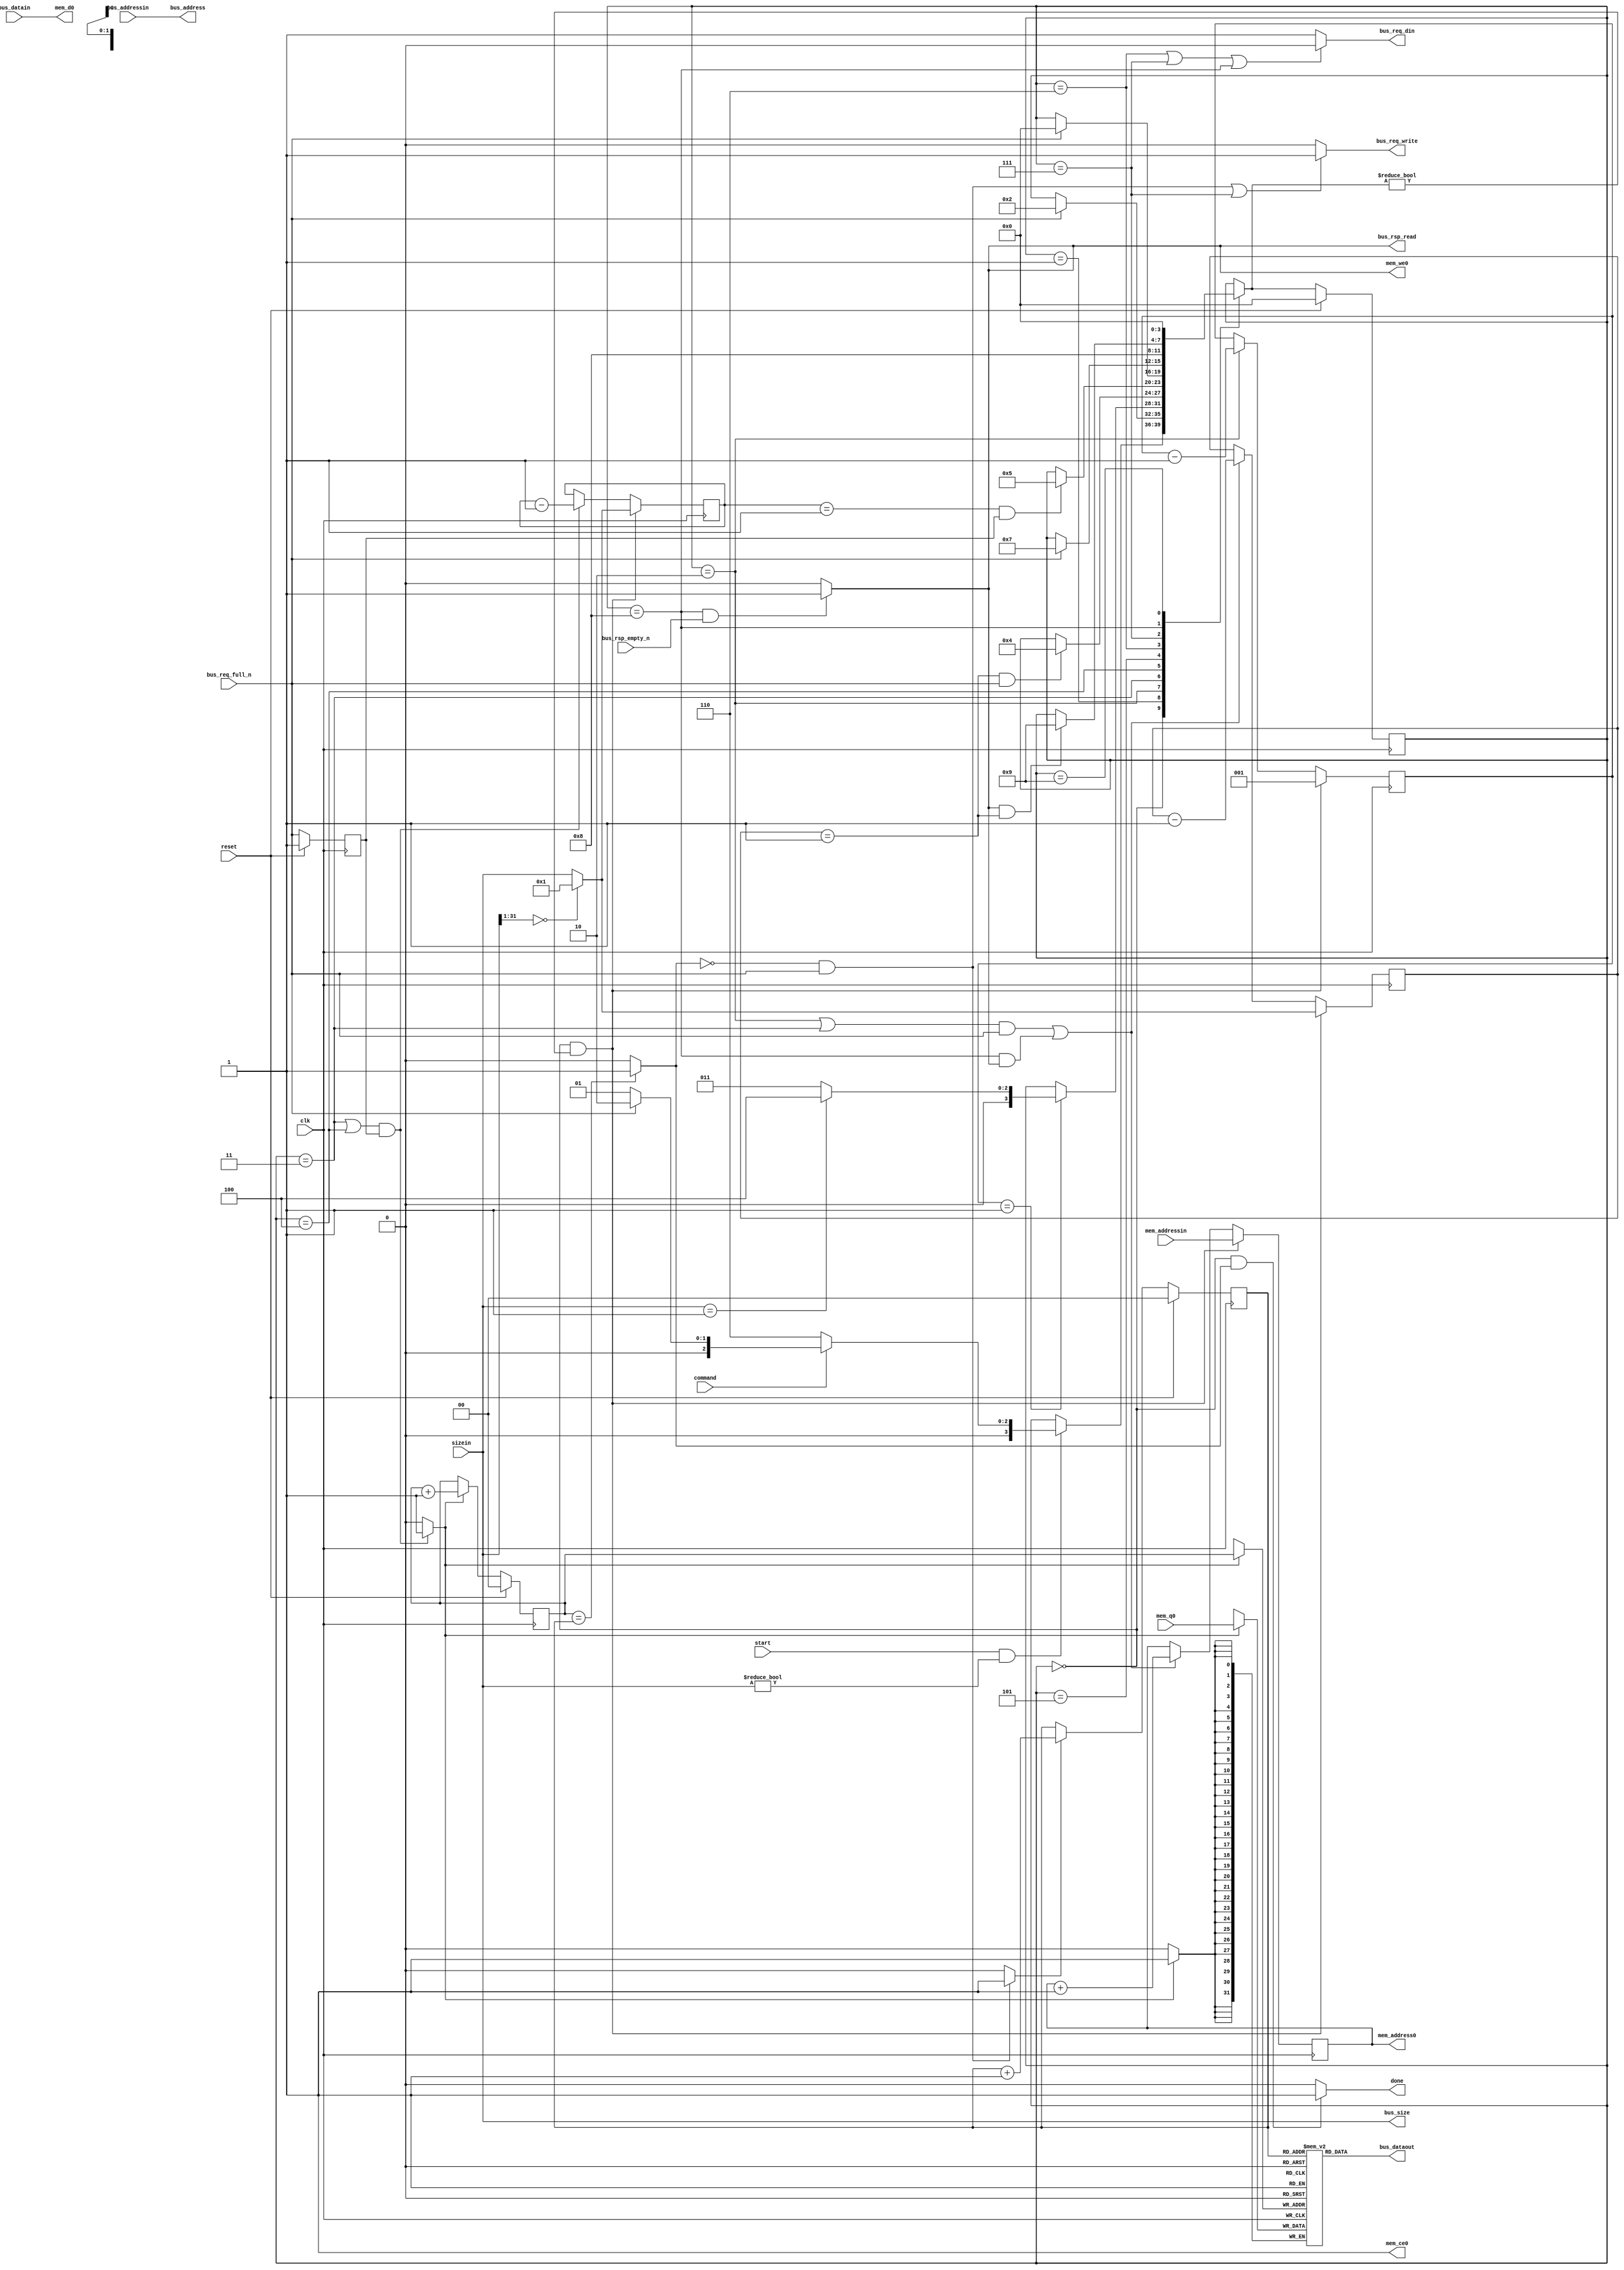
// ------------------------------------------------------
// This file is generated for Xilinx by AutoPilot automatically.
// Copyright (C) 2011 XILINX, Inc.
// 
// ------------------------------------------------------


`timescale 1 ns / 1 ps
module generate_board_counts_grp_busburstwrite_fu_138_504 (clk, reset, bus_req_din, bus_req_full_n,  bus_req_write, bus_rsp_empty_n, bus_rsp_read,  bus_address, bus_size, bus_addressin, mem_addressin, bus_datain,  bus_dataout, mem_address0, mem_ce0, mem_we0, mem_d0, mem_q0, sizein, command, start, done);

parameter INTERNAL_WFIFO_DEPTH = 4;
parameter INTERNAL_WFIFO_ADDRBW = 2;
parameter MEM_LATENCY = 1;
parameter BW = 32;
parameter MEMAW = 3;

input clk;
input reset;
output bus_req_din;
input  bus_req_full_n;
output bus_req_write;
input  bus_rsp_empty_n;
output bus_rsp_read;
output[31:0] bus_address;
output[31:0] bus_size;
input[31:0]  bus_addressin;
input[MEMAW - 1:0] mem_addressin;
input[BW - 1:0] bus_datain;
output[BW - 1:0] bus_dataout;
output[MEMAW - 1:0] mem_address0;
output mem_ce0;
output mem_we0;
output[BW - 1:0] mem_d0;
input[BW - 1:0]  mem_q0;
input[31:0] sizein;
input command;
input start;
output done;


parameter idle = 4'b0000;
parameter buswr_hold = 4'b0001;
parameter buswr_addr = 4'b0010;
parameter buswr_addr_data = 4'b0011;
parameter buswr_data = 4'b0100;
parameter buswr_flush = 4'b0101;
parameter busrd_prepare = 4'b0110;
parameter busrd_addr = 4'b0111;
parameter busrd_data = 4'b1000;
parameter busrd_flush = 4'b1001;
reg[3:0] cs, ns;
reg[31:0] sig_counter;
reg[2:0] sig_mem_latency;
reg[MEMAW - 1:0] sig_mem_addr;
wire[31:0] sig_normalized_size;
wire sig_mem_we;

reg[31:0] sig_counter2;
reg internal_req_fifo_full_n_buff[0:MEM_LATENCY-1];
reg[BW-1:0] internal_wfifo_data[0:INTERNAL_WFIFO_DEPTH-1];
reg[INTERNAL_WFIFO_ADDRBW-1:0] internal_wfifo_ptr_in, internal_wfifo_ptr_out;
wire internal_wfifo_empty;
wire internal_wfifo_read, internal_wfifo_write;
wire[BW-1:0] internal_wfifo_din, internal_wfifo_dout;

assign internal_wfifo_dout =  internal_wfifo_data[internal_wfifo_ptr_out];
assign internal_wfifo_empty =  (internal_wfifo_ptr_in == internal_wfifo_ptr_out)? 1'b1: 1'b0;

always @ (posedge clk) begin
    if ( reset == 1'b1 ) begin
        internal_req_fifo_full_n_buff[0] <= 1'b1;
    end else begin
        internal_req_fifo_full_n_buff[0] <=  bus_req_full_n;
    end
end

always @ (posedge clk)
begin
    if (internal_wfifo_write) begin
        internal_wfifo_data[internal_wfifo_ptr_in] <= internal_wfifo_din;
    end
end

always @ (posedge clk) begin
    if ( reset == 1'b1 ) begin
        internal_wfifo_ptr_in <= 2'd0;
    end else begin
        if (internal_wfifo_write) begin
            internal_wfifo_ptr_in <= internal_wfifo_ptr_in + 1;
        end
    end
end

always @ (posedge clk) begin
    if ( reset == 1'b1 ) begin
        internal_wfifo_ptr_out <= 2'd0;
    end else begin
        if (internal_wfifo_read) begin
            internal_wfifo_ptr_out <= internal_wfifo_ptr_out + 1;
        end
    end
end

always @ (posedge clk) begin
    if ( reset == 1'b1 ) begin
        cs <= idle;
    end else begin
        cs <= ns;
    end
end

always @ (cs or sig_counter or sig_mem_latency or sizein or bus_req_full_n or start or bus_rsp_empty_n or command or sig_mem_we
 or sig_counter2 or internal_req_fifo_full_n_buff[0])
begin
    ns = cs;
    case(cs)
    idle: begin
        if (start && sizein != 32'b0) begin
            if (command == 1'b0) begin
                ns = busrd_prepare;
            end else begin
                if (bus_req_full_n) begin
                    ns = buswr_addr;
                end else begin
                    ns = buswr_hold;
                end
            end
         end
    end

    buswr_hold: begin
        if (bus_req_full_n) begin
            ns = buswr_addr;
        end
    end

    buswr_addr: begin
        if (sig_mem_latency == 3'b001) begin
            if (sizein == 32'b1) begin
              ns = buswr_data;
            end else begin
              ns = buswr_addr_data;
            end
        end
    end

    buswr_addr_data: begin
        if (sig_counter == 32'H00000001 & bus_req_full_n) begin
            ns = buswr_data;
        end
    end

    buswr_data: begin
        if (sig_counter2 == 32'H00000001 & internal_req_fifo_full_n_buff[0]) begin
            ns = buswr_flush;
        end
    end

    buswr_flush: begin
        if (bus_req_full_n) begin
            ns = idle;
        end
    end

    busrd_prepare: begin
        if (bus_req_full_n == 1'b1) begin
            ns = busrd_addr;
        end
    end

    busrd_addr: begin
        ns = busrd_data;
    end

    busrd_data: begin
        if (sig_mem_we == 1'b1 & sig_counter == 32'h00000001)  begin
            ns = busrd_flush;
        end
    end

    busrd_flush: begin
        ns = idle;
    end

    default: begin
        ns = cs;
    end
    endcase
end


always @ (posedge clk)
begin
    //sig_counter
    if (cs == idle & ns != idle) begin
        sig_counter <= sig_normalized_size;
    end else if (((cs == buswr_addr | cs == buswr_addr_data)  & bus_req_full_n) | (cs == busrd_data & sig_mem_we)) begin
        sig_counter <= sig_counter - 1;
    end

    //sig_counter2
    if (cs == idle & ns != idle) begin
        sig_counter2 <= sig_normalized_size;
    end else if ((cs == buswr_addr_data | cs == buswr_data)  & internal_req_fifo_full_n_buff[0]) begin
        sig_counter2 <= sig_counter2 - 1;
    end

    //sig_mem_latency
    if (cs == idle & ns != idle) begin
        sig_mem_latency <= MEM_LATENCY;
    end else if (cs == buswr_addr) begin
        sig_mem_latency <= sig_mem_latency - 1;
    end

    //sig_mem_addr
    if (cs == idle & ns != idle) begin
        sig_mem_addr <= mem_addressin;
    end else if (((cs == buswr_addr | cs == buswr_addr_data) &  bus_req_full_n) | (cs == busrd_data & sig_mem_we)) begin
        sig_mem_addr <= sig_mem_addr + 1;
    end

end

assign done = (cs == idle && internal_wfifo_empty == 1'b1)? 1'b1: 1'b0;

assign sig_normalized_size = (sizein[31:1] ==  31'b0000000000000000000000000000000)? 32'h00000001: sizein;
assign sig_mem_we = (cs == busrd_data && bus_rsp_empty_n  == 1'b1)? 1'b1: 1'b0;
assign bus_req_din = (cs == busrd_prepare | cs == busrd_addr | cs == busrd_data)? 1'b0: 1'b1;
assign bus_req_write = ((~internal_wfifo_empty & bus_req_full_n) | cs == busrd_addr)? 1'b1: 1'b0;
assign bus_rsp_read = sig_mem_we;
assign bus_address = bus_addressin;
assign bus_size = sizein;
assign bus_dataout = internal_wfifo_dout;
assign internal_wfifo_din = mem_q0;
assign mem_address0 = sig_mem_addr;
assign mem_ce0 = 1'b1;
assign mem_we0 = sig_mem_we;
assign mem_d0 = bus_datain;
assign internal_wfifo_write = ((cs == buswr_addr_data | cs == buswr_data) & internal_req_fifo_full_n_buff[0])? 1'b1: 1'b0;
assign internal_wfifo_read = (~internal_wfifo_empty & bus_req_full_n)? 1'b1: 1'b0;


endmodule